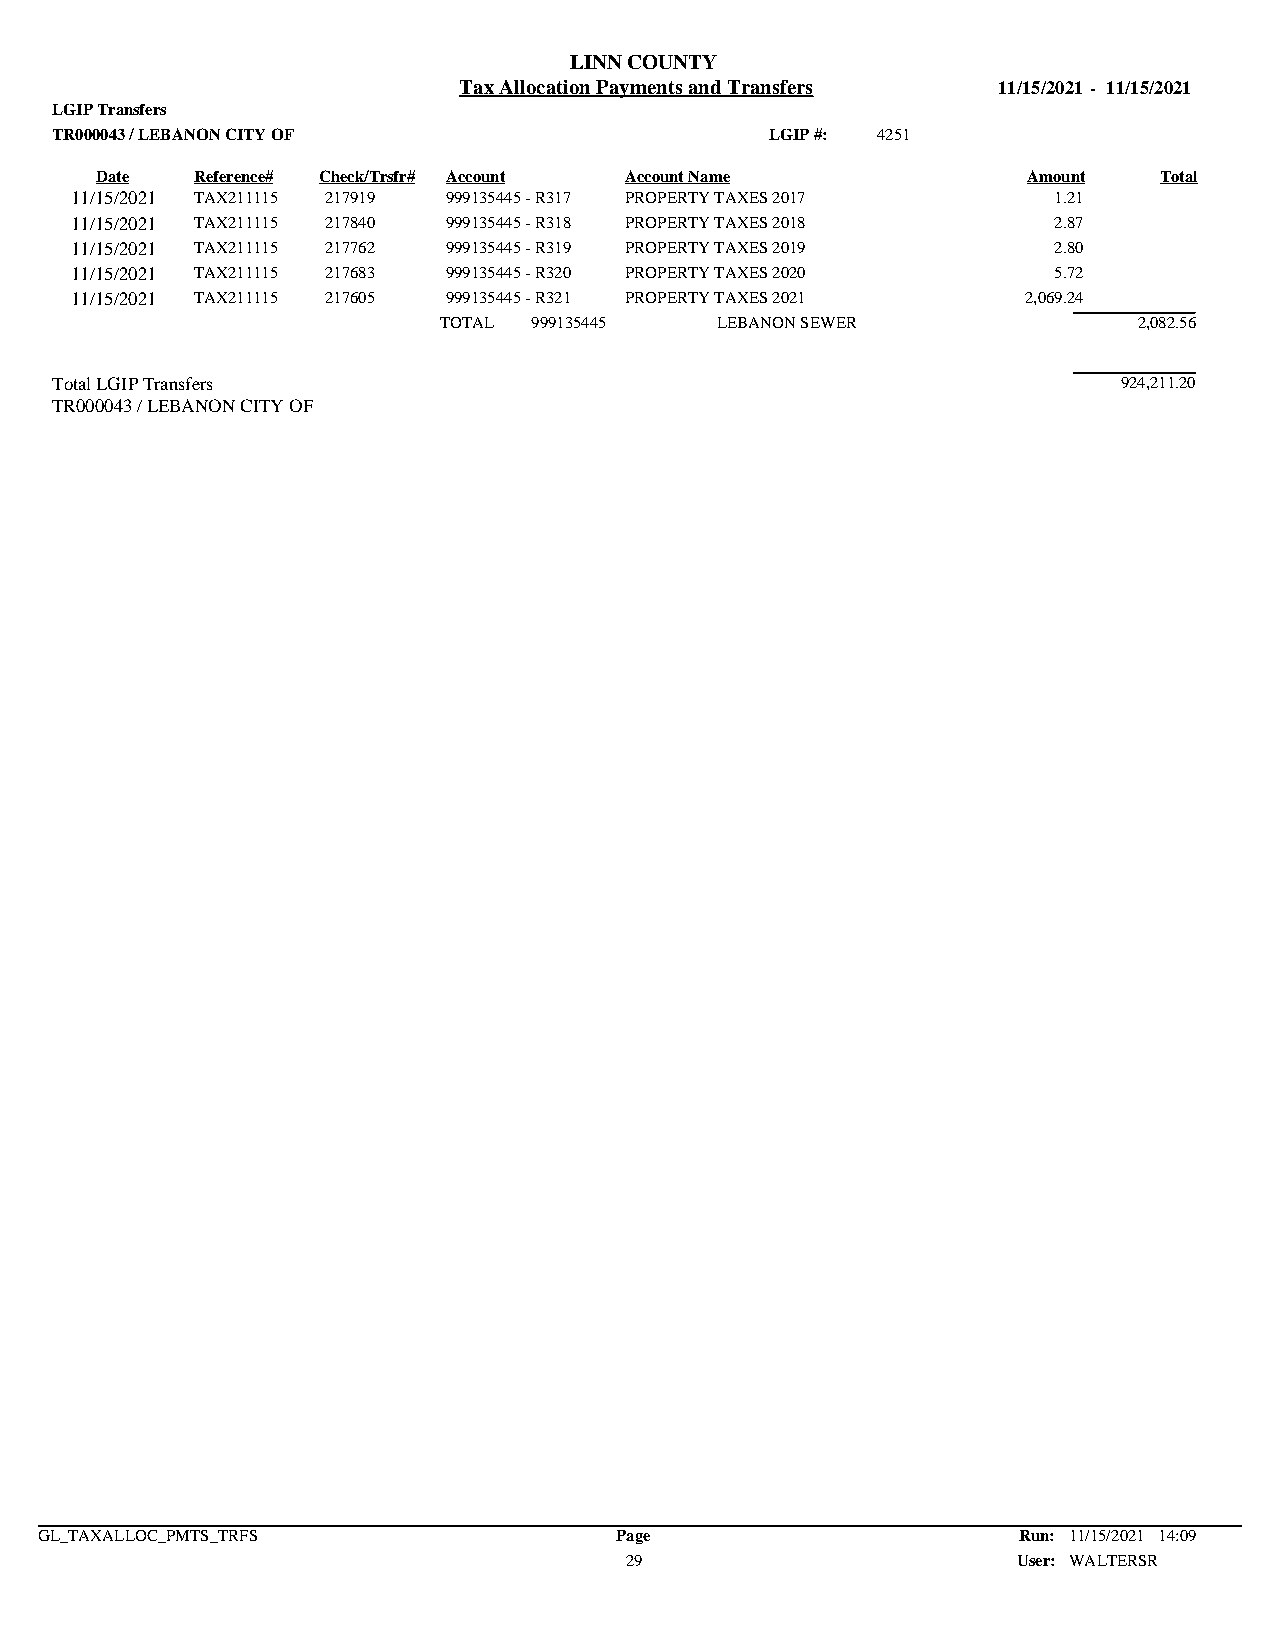
LINN COUNTY
 Tax Allocation Payments and Transfers 11/15/2021 - 11/15/2021
 LGIP Transfers
 TR000043 / LEBANON CITY OF                      LGIP #: 4251
 Date   Reference# Check/Trsfr# Account Account Name           Amount   Total
 11/15/2021 TAX211115 217919 999135445 - R317 PROPERTY TAXES 2017 1.21
 11/15/2021 TAX211115 217840 999135445 - R318 PROPERTY TAXES 2018 2.87
 11/15/2021 TAX211115 217762 999135445 - R319 PROPERTY TAXES 2019 2.80
 11/15/2021 TAX211115 217683 999135445 - R320 PROPERTY TAXES 2020 5.72
 11/15/2021 TAX211115 217605 999135445 - R321 PROPERTY TAXES 2021 2,069.24
 TOTAL 999135445   LEBANON SEWER               2,082.56
 Total LGIP Transfers                                                   924,211.20
 TR000043 / LEBANON CITY OF
 GL_TAXALLOC_PMTS_TRFS                  Page                      Run: 11/15/2021 14:09
 29                        User: WALTERSR